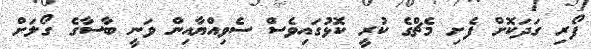
ފޯރި ގަދަކޮށް ފެށި މެޗްގެ ކުރީ ކޮޅުގައިވެސް ސެވިއްޔާއިން ވަނީ ބާސާގެ ގޯލަށް